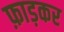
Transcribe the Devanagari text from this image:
फ़ाड़कर